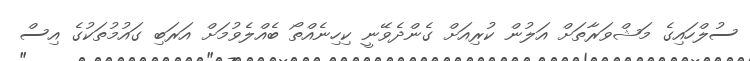
ސުލްހައިގެ މަޝްވަރާތަށް އަލުން ކުރިއަށް ގެންދެވޭނީ ކިހިނެއްތޯ ބެއްލެވުމަށް އަރަބި ގައުމުތަކުގެ އިސް